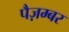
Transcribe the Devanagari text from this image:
पैज़म्बर